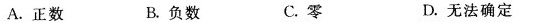
A.正数 B.负数 C.零 D.无法确定